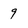
Character: 9